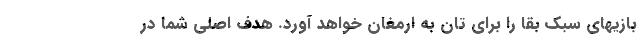
بازیهای سبک بقا را برای تان به ارمغان خواهد آورد. هدف اصلی شما در